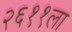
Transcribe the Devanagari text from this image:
२६११ला